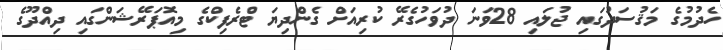
ހެދުމުގެ މަޤުސަދުގައި ޖުލައި 28ވަނަ ދުވަހުގެރޭ ކުރިއަށް ގެންދިޔަ ޓްރެފިކްގެ މިއޮޕަރޭޝަންގައި ދިއްދޫގެ